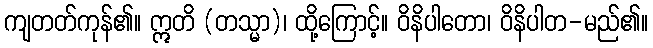
ကျတတ်ကုန်၏။ ဣတိ (တသ္မာ)၊ ထို့ကြောင့်။ ဝိနိပါတော၊ ဝိနိပါတ-မည်၏။